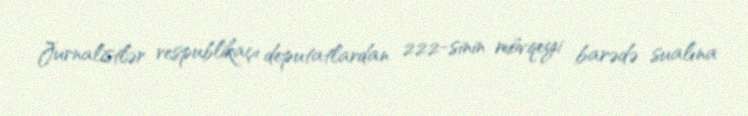
Jurnalistlər respublikaçı deputatlardan 222-sinin mövqeyi barədə sualına